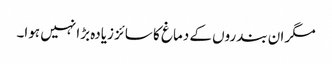
مگر ان بندروں کے دماغ کا سائز زیادہ بڑا نہیں ہوا۔